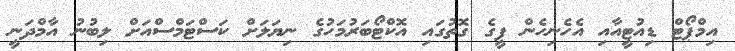
އިމްޕޯޓް ޑިއުޓީއާއި އެހެނިހެން ފީގެ ގޮތުގައި އޮކްޓޯބަރުމަހުގެ ނިޔަލަށް ކަސްޓަމްސްއަށް ލިބުނު އާމްދަނީ